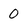
Character: 0